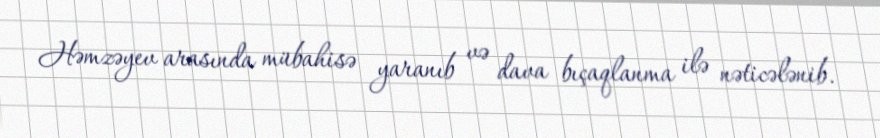
Həmzəyev arasında mübahisə yaranıb və dava bıçaqlanma ilə nəticələnib.